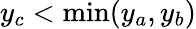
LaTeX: y_{c}<\operatorname*{min}(y_{a},y_{b})